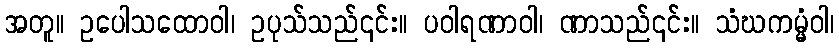
အတူ။ ဥပေါသထောဝါ၊ ဥပုသ်သည်၎င်း။ ပဝါရဏာဝါ၊ ဏာသည်၎င်း။ သံဃကမ္မံဝါ၊